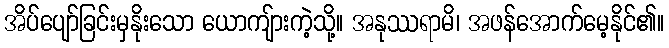
အိပ်ပျော်ခြင်းမှနိုးသော ယောကျ်ားကဲ့သို့။ အနုဿရာမိ၊ အဖန်အောက်မေ့နိုင်၏။